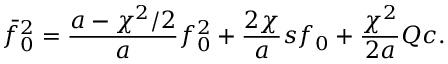
\bar { f } _ { 0 } ^ { 2 } = \frac { a - \chi ^ { 2 } / 2 } { a } f _ { 0 } ^ { 2 } + \frac { 2 \chi } { a } s f _ { 0 } + \frac { \chi ^ { 2 } } { 2 a } Q c .